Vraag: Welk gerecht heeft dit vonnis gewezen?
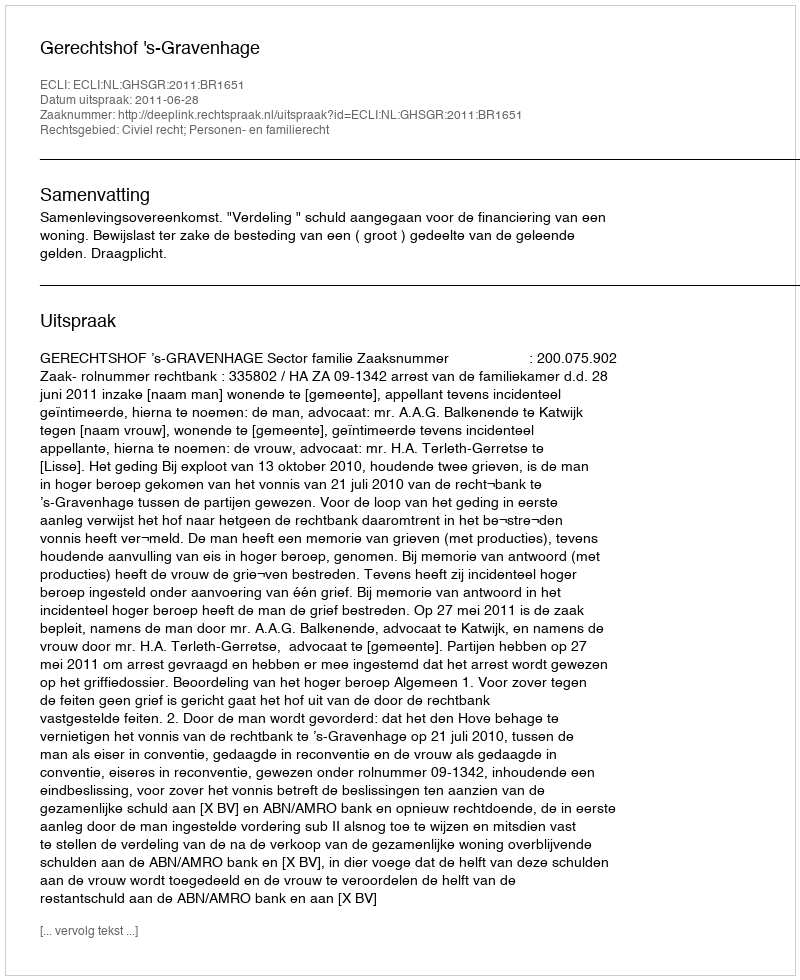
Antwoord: Gerechtshof 's-Gravenhage